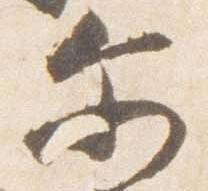
示